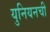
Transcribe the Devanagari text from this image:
युनियनची